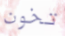
تخون